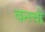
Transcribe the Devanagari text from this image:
वनची